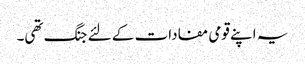
یہ اپنے قومی مفادات کے لئے جنگ تھی۔